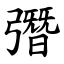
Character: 㣅